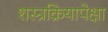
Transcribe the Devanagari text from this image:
शस्त्रक्रियापेक्षा